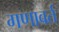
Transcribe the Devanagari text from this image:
गणावर्त